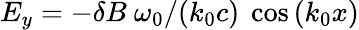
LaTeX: E_{y}=-\delta B\ \omega_{0}/(k_{0}c)\ \cos{(k_{0}x)}